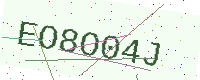
Text: EO8O04J